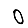
Digit: 0